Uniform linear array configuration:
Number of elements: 4
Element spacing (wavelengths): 1
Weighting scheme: blackman
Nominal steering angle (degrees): -60
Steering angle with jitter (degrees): -59.615
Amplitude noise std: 0.05
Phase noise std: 0.05

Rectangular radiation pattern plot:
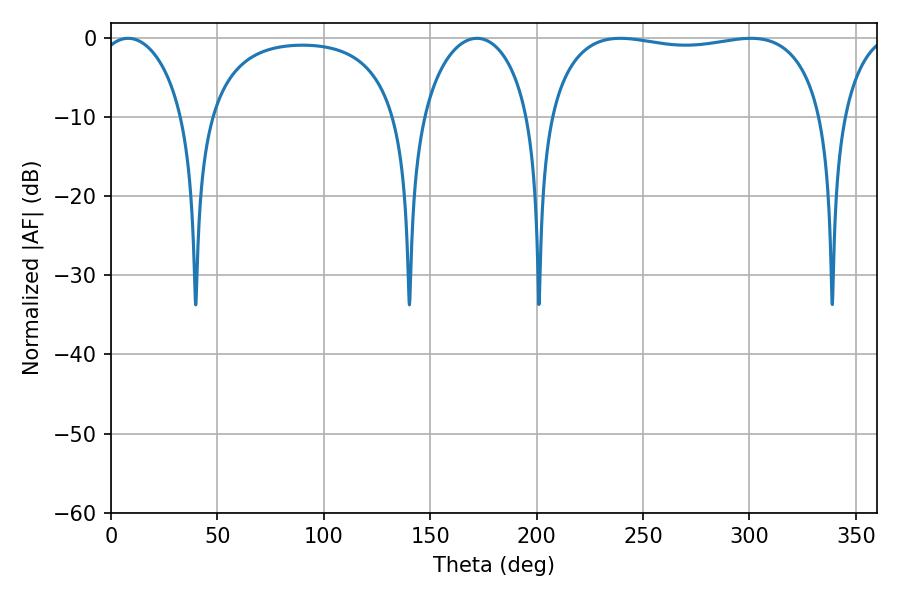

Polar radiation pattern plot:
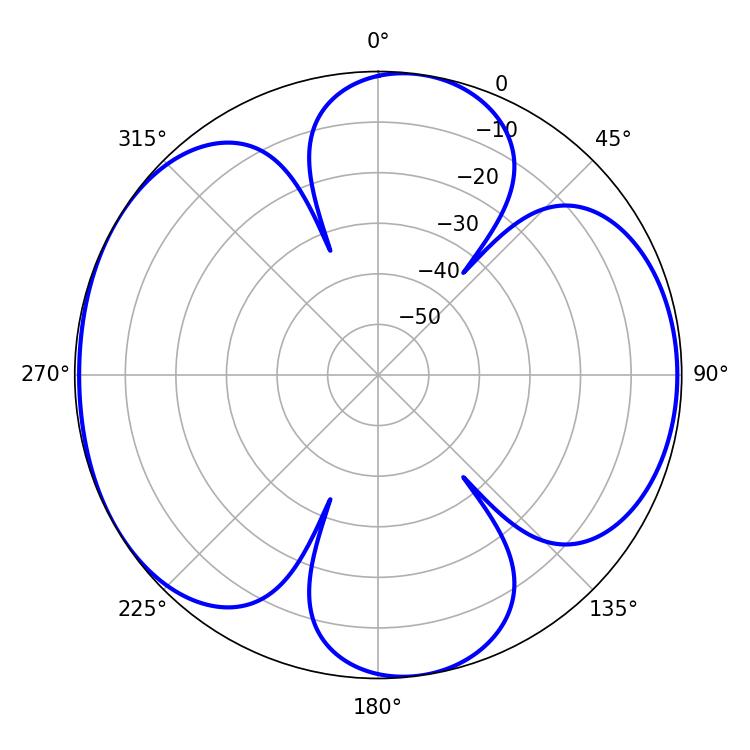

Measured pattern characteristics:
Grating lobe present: TRUE
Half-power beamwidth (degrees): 104.76
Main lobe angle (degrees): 239.4